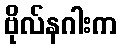
ဗိုလ်နဂါးက